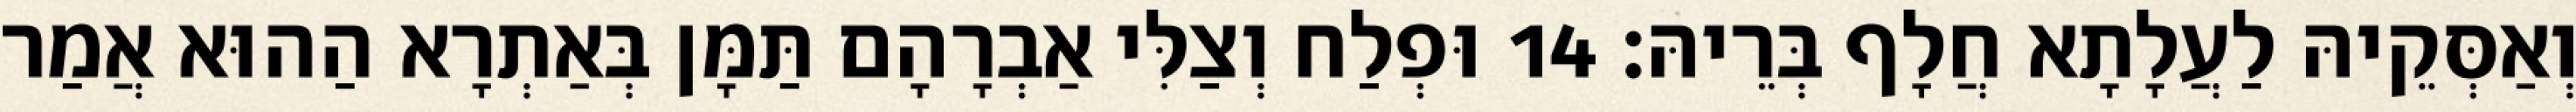
וְאַסְּקֵיהּ לַעֲלָתָא חֲלָף בְּרֵיהּ׃ 14 וּפְלַח וְצַלִּי אַבְרָהָם תַּמָּן בְּאַתְרָא הַהוּא אֲמַר